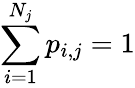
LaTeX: \sum_{i=1}^{N_{j}}p_{i,j}=1